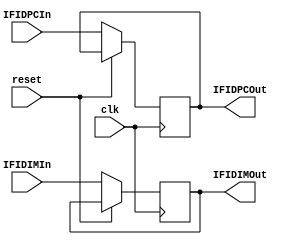
`timescale 1ns / 1ps

module IF_ID(
    input clk,
    input reset,
    
    input [63:0] IFIDPCIn,
    output reg[63:0] IFIDPCOut,
    input [31:0] IFIDIMIn,
    output reg [31:0] IFIDIMOut
    );
    
    always @(posedge clk)
    begin
        if (reset)
        begin
        
        end
        else
        begin
            IFIDPCOut <= IFIDPCIn;
            IFIDIMOut <= IFIDIMIn;
        end
    end
    
endmodule